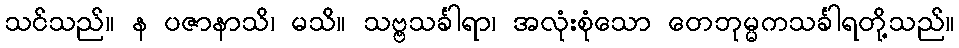
သင်သည်။ န ပဇာနာသိ၊ မသိ။ သဗ္ဗသင်္ခါရာ၊ အလုံးစုံသော တေဘုမ္မကသင်္ခါရတို့သည်။